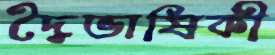
দ্বৈভাষিকী